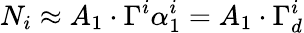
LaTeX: N_{i}\approx A_{1}\cdot\Gamma^{i}\alpha_{1}^{i}=A_{1}\cdot\Gamma_{d}^{i}